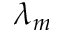
\lambda _ { m }